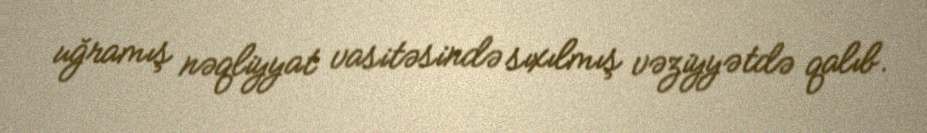
uğramış nəqliyyat vasitəsində sıxılmış vəziyyətdə qalıb.